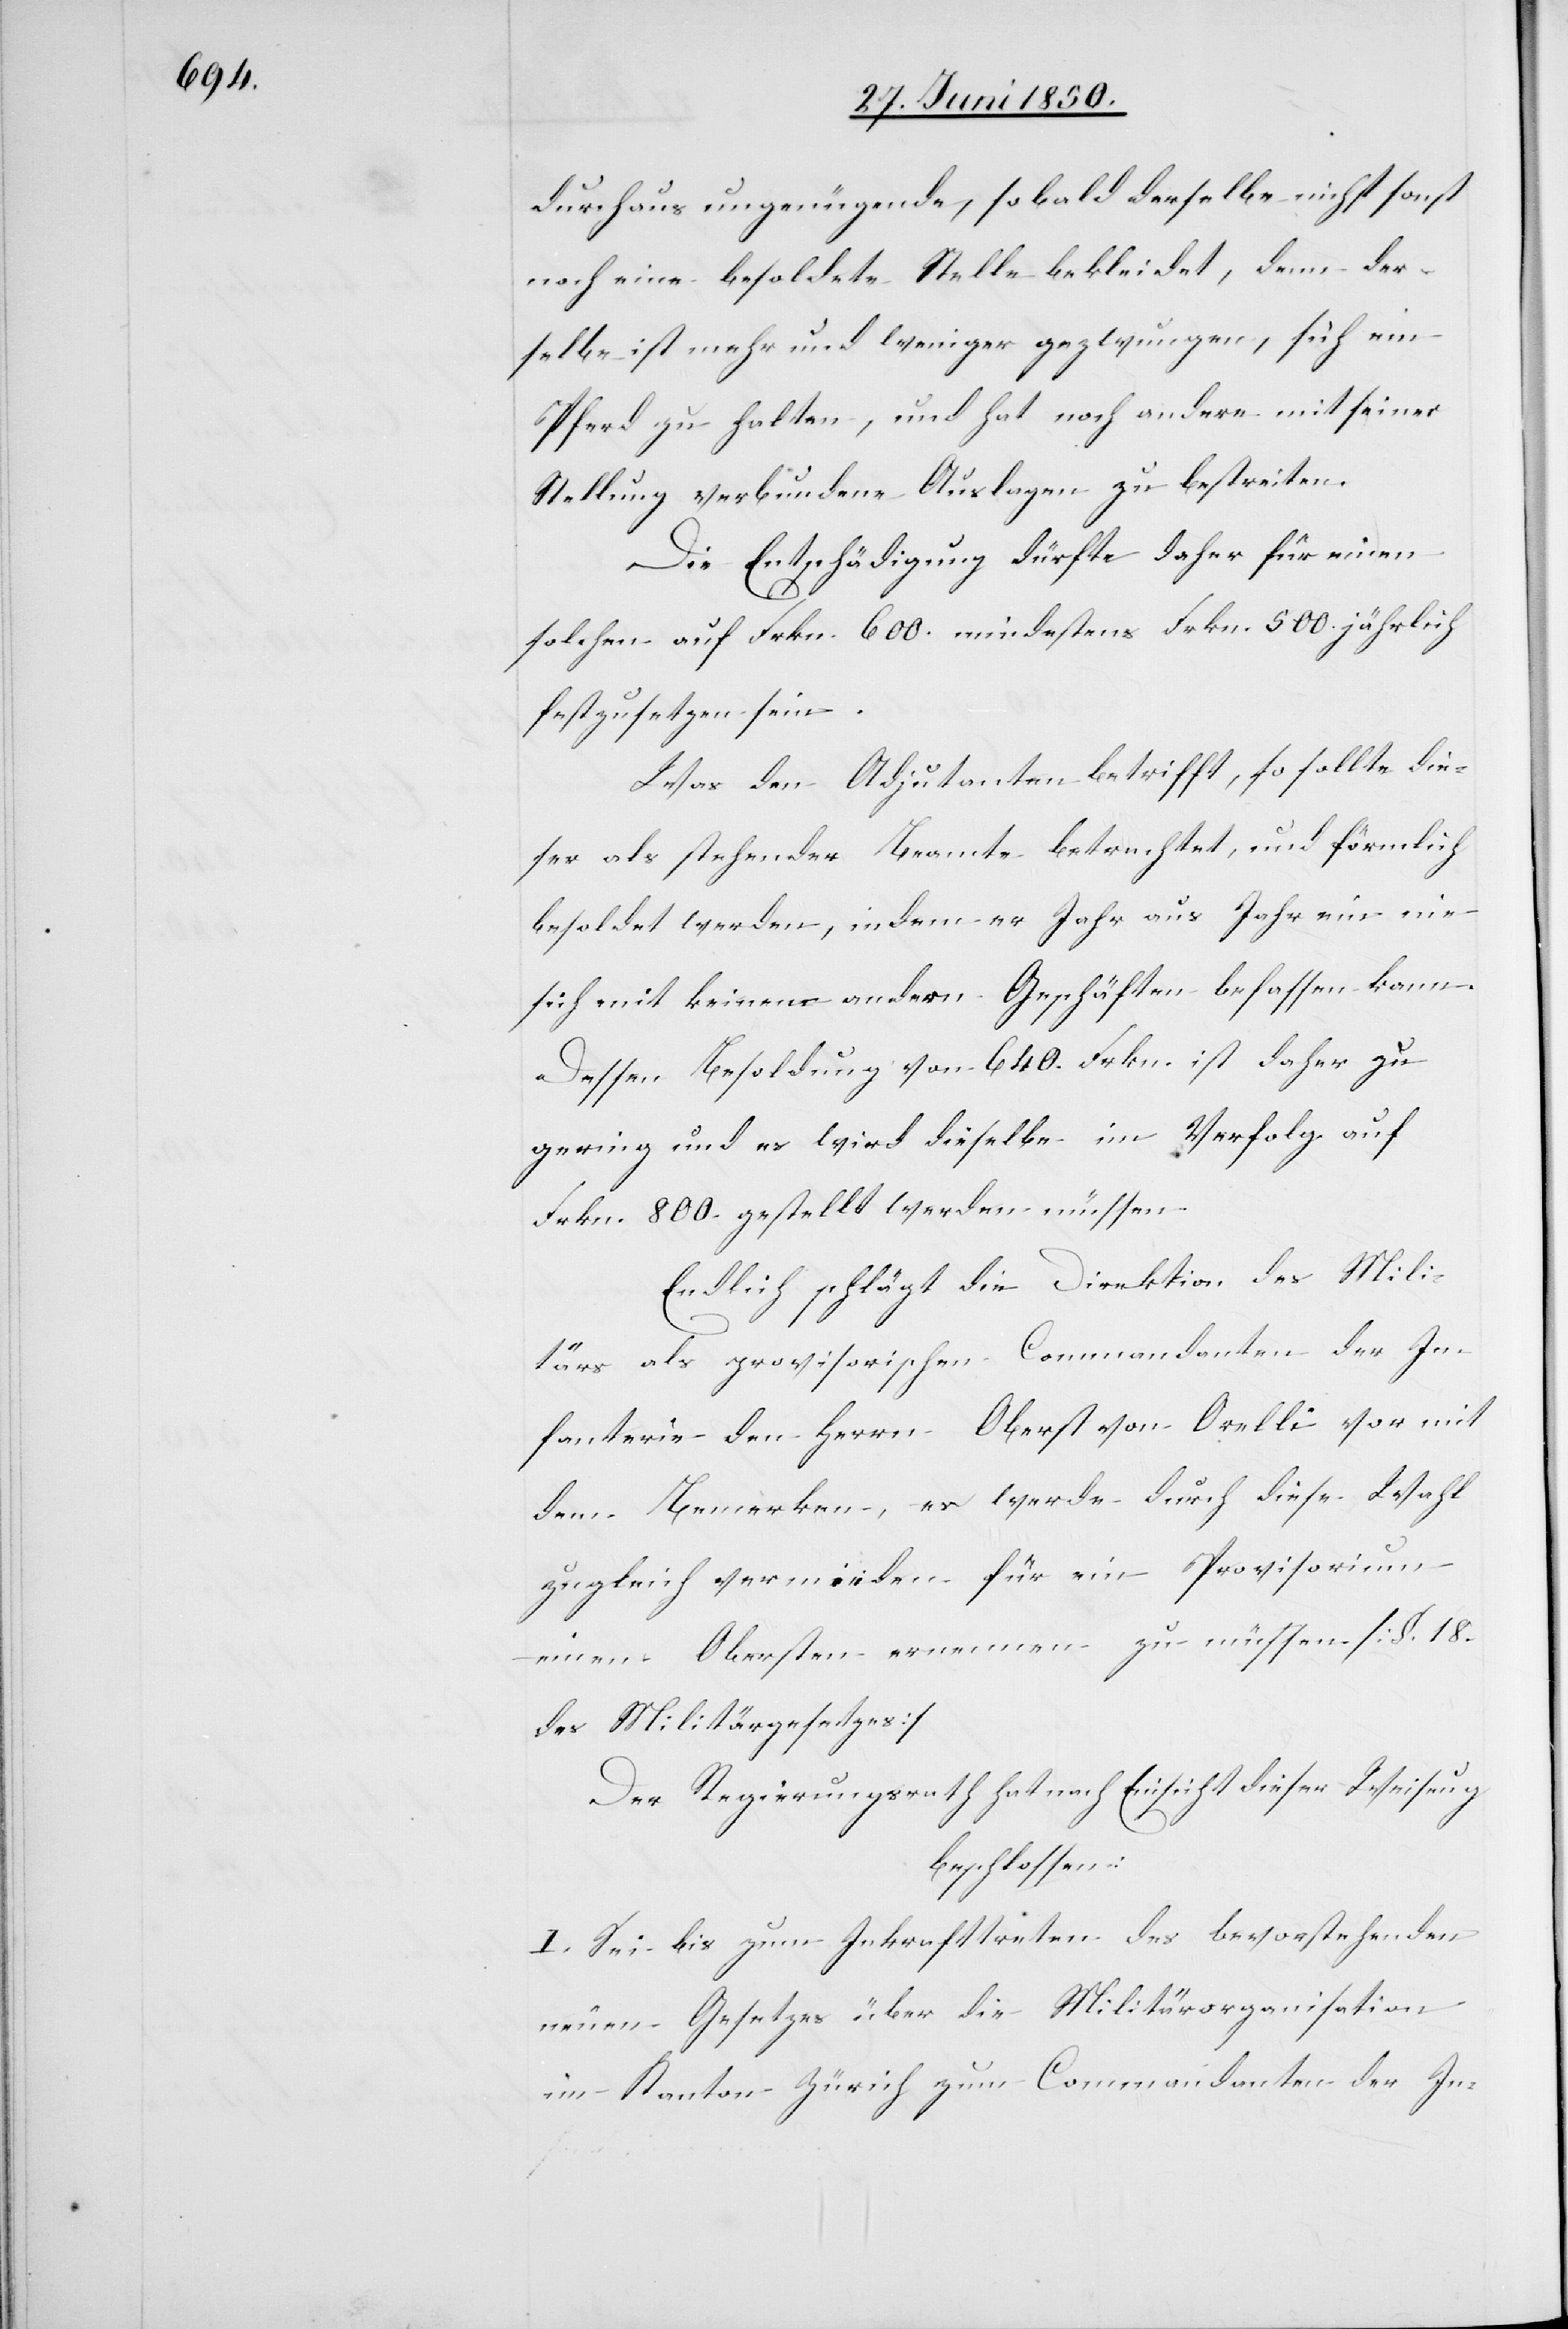
durchaus ungenügende, sobald derselbe nicht sonst
noch eine besoldete Stelle bekleidet, denn der¬
selbe ist mehr und weniger gezwungen, sich ein
Pferd zu halten, und hat noch andere mit seiner
Stellung verbundene Auslagen zu bestreiten.
Die Entschädigung dürfte daher für einen
solchen auf Frkn. 600. mindestens Frkn. 500. jährlich
festzusetzen sein.
Was den Adjutanten betrifft, so sollte die¬
ser als stehender Beamter betrachtet, und förmlich
besoldet werden, indem er Jahr aus Jahr ein nie
sich mit keinen andern Geschäften befassen kann.
Dessen Besoldung von 640. Frkn. ist daher zu
gering und es wird dieselbe im Verfolg auf
Frkn. 800. gestellt werden müssen.
Endlich schlägt die Direktion des Mili¬
tärs als provisorischen Commandanten der In¬
fanterie den Herrn Oberst von Orelli vor mit
dem Bemerken, es werde durch diese Wahl
zugleich vermieden für ein Provisorium
einen Obersten ernennen zu müssen. [§. 18.
des Militärgesetzes]
Der Regierungsrath hat nach Einsicht dieser Weisung
beschlossen:
I. Sei bis zum Inkrafttreten des bevorstehenden
neuen Gesetzes über die Militärorganisation
im Kanton Zürich zum Commandanten der In-